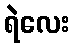
ရဲလေး